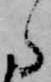
ら